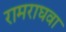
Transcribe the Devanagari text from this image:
रामराघवा